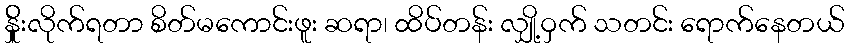
န်ှိုးလိုက်ရတာ စိတ်မကောင်းဖူး ဆရာ၊ ထိပ်တန်း လျှို့ဝှက် သတင်း ရောက်နေတယ်